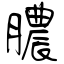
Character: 膿